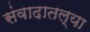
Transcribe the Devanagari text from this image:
संवादातल्या